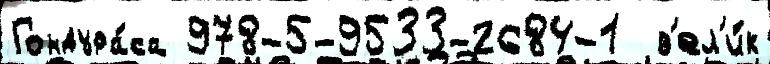
Гондура́са 978-5-9533-2684-1  в'ел'и́к